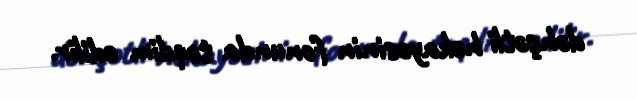
dəhşətli hekayəsinin fonunda təqdim edilir.